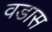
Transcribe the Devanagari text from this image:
वडास